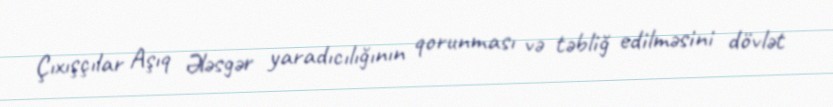
Çıxışçılar Aşıq Ələsgər yaradıcılığının qorunması və təbliğ edilməsini dövlət